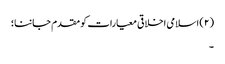
(۲) اسلامی اخلاقی معیارات کو مقدم جاننا؛
۔